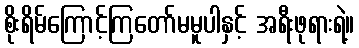
စိုးရိမ်ကြောင့်ကြတော်မမူပါနှင့် အရီးဖုရားရဲ့။